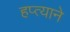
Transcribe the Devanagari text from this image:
हप्त्याने